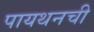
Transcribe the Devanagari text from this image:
पायथनची